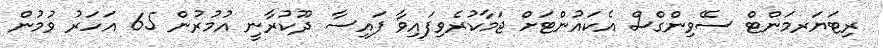
ރިޓަޔަރމަންޓް ސޭވިންގްސް އެކައުންޓަށް ޖަމާކުރެވިފައިވާ ފައިސާ ދޫކުރާނީ އުމުރުން 65 އަހަރު ވުމުން